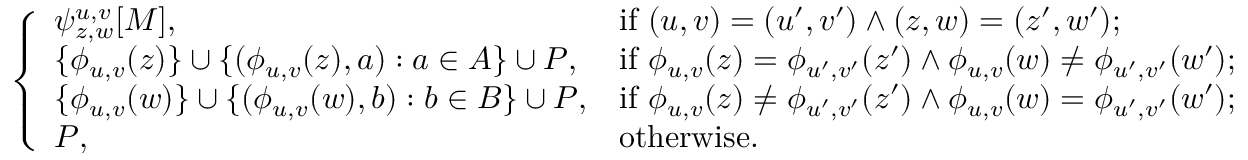
\left\{ \begin{array} { l l } { \psi _ { z , w } ^ { u , v } [ M ] , } & { \mathrm { i f ~ } ( u , v ) = ( u ^ { \prime } , v ^ { \prime } ) \land ( z , w ) = ( z ^ { \prime } , w ^ { \prime } ) ; } \\ { \{ \phi _ { u , v } ( z ) \} \cup \{ ( \phi _ { u , v } ( z ) , a ) : a \in A \} \cup P , } & { \mathrm { i f ~ } \phi _ { u , v } ( z ) = \phi _ { u ^ { \prime } , v ^ { \prime } } ( z ^ { \prime } ) \land \phi _ { u , v } ( w ) \neq \phi _ { u ^ { \prime } , v ^ { \prime } } ( w ^ { \prime } ) ; } \\ { \{ \phi _ { u , v } ( w ) \} \cup \{ ( \phi _ { u , v } ( w ) , b ) : b \in B \} \cup P , } & { \mathrm { i f ~ } \phi _ { u , v } ( z ) \neq \phi _ { u ^ { \prime } , v ^ { \prime } } ( z ^ { \prime } ) \land \phi _ { u , v } ( w ) = \phi _ { u ^ { \prime } , v ^ { \prime } } ( w ^ { \prime } ) ; } \\ { P , } & { \mathrm { o t h e r w i s e . } } \end{array} \right.